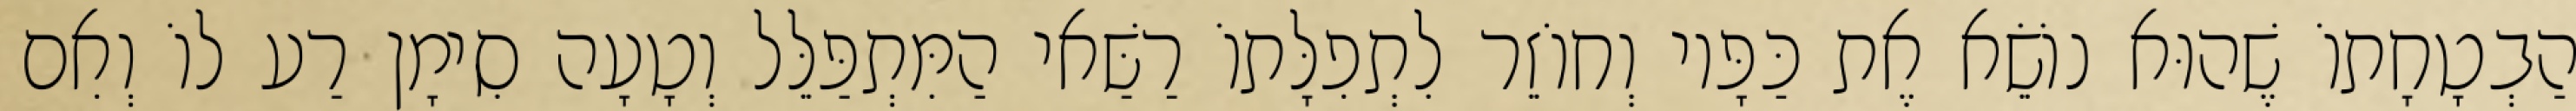
הַבְטָחָתוֹ שֶׁהוּא נוֹשֵׂא אֶת כַּפָּיו וְחוֹזֵר לִתְפִלָּתוֹ רַשַּׁאי הַמִּתְפַּלֵּל וְטָעָה סִימָן רַע לוֹ וְאִם